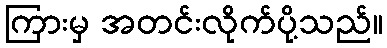
ကြားမှ အတင်းလိုက်ပို့သည်။